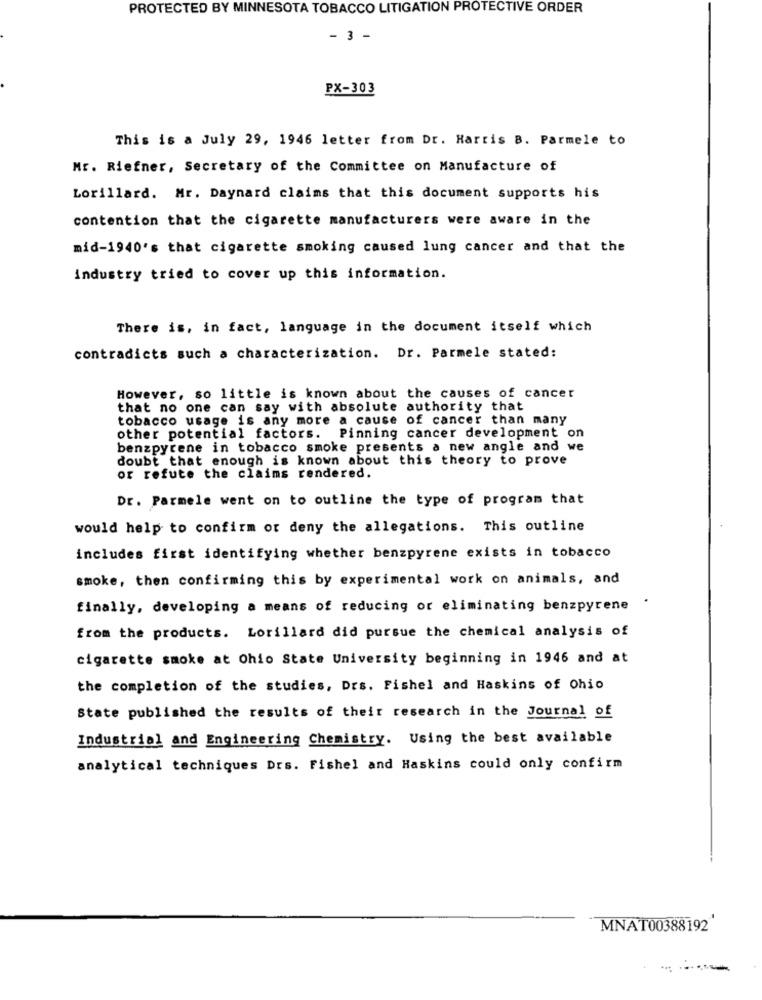
PROTECTED BY MINNESOTA TOBACCO LITIGATION PROTECTIVE ORDER
- 3 -
PX-303
This is a July 29, 1946 letter from Dr. Harris B. Parmele to
Mr. Riefner, Secretary of the Committee on Manufacture of
Lorillard. Mr. Daynard claims that this document supports his
contention that the cigarette manufacturers were aware in the
mid-1940's that cigarette smoking caused lung cancer and that the
industry tried to cover up this information.
There is, in fact, language in the document itself which
contradicts such a characterization. Dr. Parmele stated:
However, so little is known about the causes of cancer
that no one can say with absolute authority that
tobacco usage is any more a cause of cancer than many
other potential factors. Pinning cancer development on
benzpyrene in tobacco smoke presents a new angle and we
doubt that enough is known about this theory to prove
or refute the claims rendered.
Dr. Parmele went on to outline the type of program that
would help to confirm or deny the allegations. This outline
includes first identifying whether benzpyrene exists in tobacco
smoke, then confirming this by experimental work on animals, and
.
finally, developing a means of reducing or eliminating benzpyrene
from the products. Lorillard did pursue the chemical analysis of
cigarette smoke at Ohio State University beginning in 1946 and at
the completion of the studies, Drs. Fishel and Haskins of Ohio
State published the results of their research in the Journal of
Industrial and Engineering Chemistry. Using the best available
analytical techniques Drs. Fishel and Haskins could only confirm
MNAT00388192
-- ----